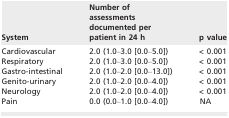
<table><thead><tr><td><b>System</b></td><td><b>Number of assessments documented per patient in 24 h</b></td><td><b>p value</b></td></tr></thead><tbody><tr><td>Cardiovascular</td><td>2.0 (1.0–3.0 [0.0–5.0])</td><td>&lt; 0.001</td></tr><tr><td>Respiratory</td><td>2.0 (1.0–3.0 [0.0–5.0])</td><td>&lt; 0.001</td></tr><tr><td>Gastro‐intestinal</td><td>2.0 (1.0–2.0 [0.0–13.0])</td><td>&lt; 0.001</td></tr><tr><td>Genito‐urinary</td><td>2.0 (1.0–2.0 [0.0–4.0])</td><td>&lt; 0.001</td></tr><tr><td>Neurology</td><td>2.0 (1.0–2.0 [0.0–4.0])</td><td>&lt; 0.001</td></tr><tr><td>Pain</td><td>0.0 (0.0–1.0 [0.0–4.0])</td><td>NA</td></tr></tbody></table>